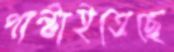
পাল্‌টাইতেছে